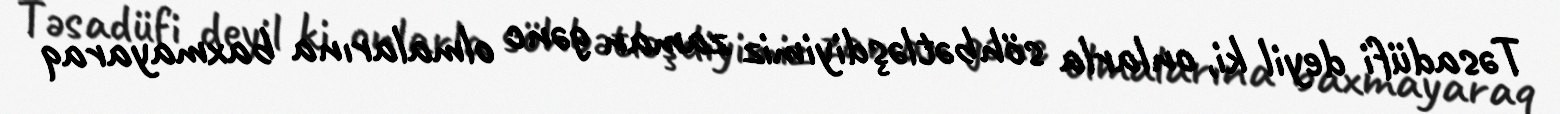
Təsadüfi deyil ki, onlarla söhbətləşdiyimiz zaman gənc olmalarına baxmayaraq